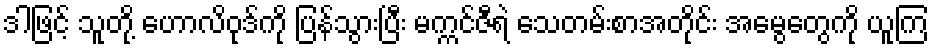
ဒါဖြင့် သူတို့ ဟောလိဝုဒ်ကို ပြန်သွားပြီး မက္ကင်ဇီရဲ သေတမ်းစာအတိုင်း အမွေတွေကို ယူကြ